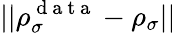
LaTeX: ||\rho_{\sigma}^{\mathrm{~d~a~t~a~}}-\rho_{\sigma}||